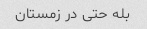
بله حتی در زمستان